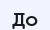
До